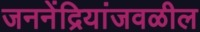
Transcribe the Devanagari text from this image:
जननेंद्रियांजवळील